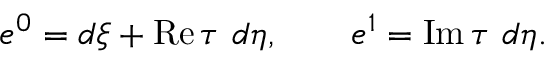
e ^ { 0 } = d \xi + \mathrm { R e } \, \tau \, \, d \eta , \quad \quad e ^ { 1 } = \mathrm { I m } \, \tau \, \, d \eta .